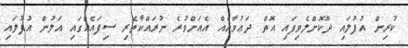
ކުރިން އުފުލައި ދޫކޮށްލެވިފައި އޮތް ދަޢުވާއެއް އެއަށްވުރެ ނުރައްކާތެރި ސިފައެއްގައި އަލުން އުފުލައި